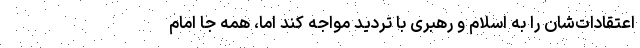
اعتقادات‌شان را به اسلام و رهبری با تردید مواجه کند اما، همه جا امام